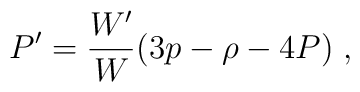
P^{\prime }=\frac{W^{\prime }}{W}(3p-\rho -4P)\;,